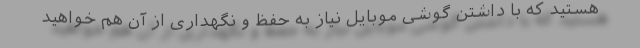
هستید که با داشتن گوشی موبایل نیاز به حفظ و نگهداری از آن هم خواهید